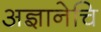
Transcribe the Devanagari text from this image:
अज्ञानेचि